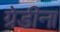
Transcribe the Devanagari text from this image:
ग्रेडीना